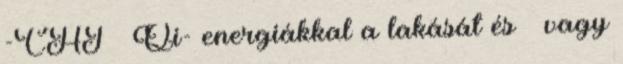
-CHI Qi- energiákkal a lakását és vagy